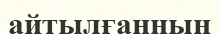
айтылғанның